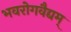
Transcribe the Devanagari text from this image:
भवरोगवैद्यम्